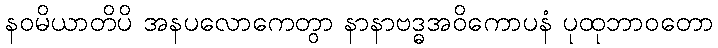
နဝမိယာတိပိ အနပလောကေတွာ နာနာဗဒ္ဓအဝိကောပနံ ပုထုဘာဝတော